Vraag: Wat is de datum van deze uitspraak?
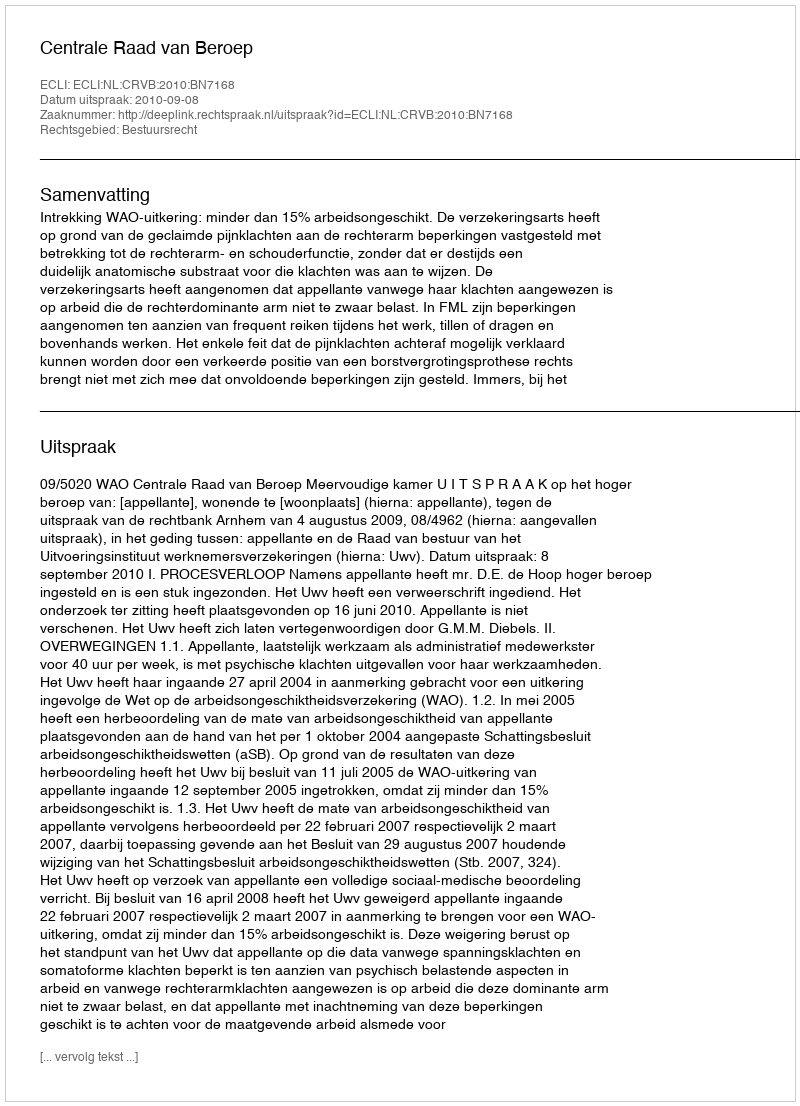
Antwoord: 2010-09-08